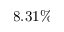
8 . 3 1 \%